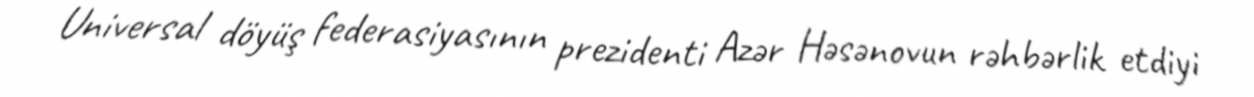
Universal döyüş federasiyasının prezidenti Azər Həsənovun rəhbərlik etdiyi